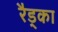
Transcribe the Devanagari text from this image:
रैड्का